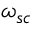
\omega _ { s c }